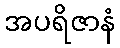
အပရိဇာနံ